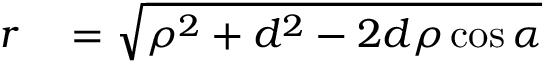
\begin{array} { r l } { r } & { { } = \sqrt { { \rho } ^ { 2 } + d ^ { 2 } - 2 d \rho \cos { \alpha } } } \end{array}